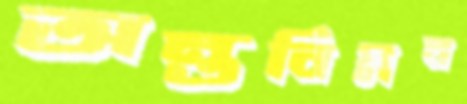
অন্তর্বিপ্লব